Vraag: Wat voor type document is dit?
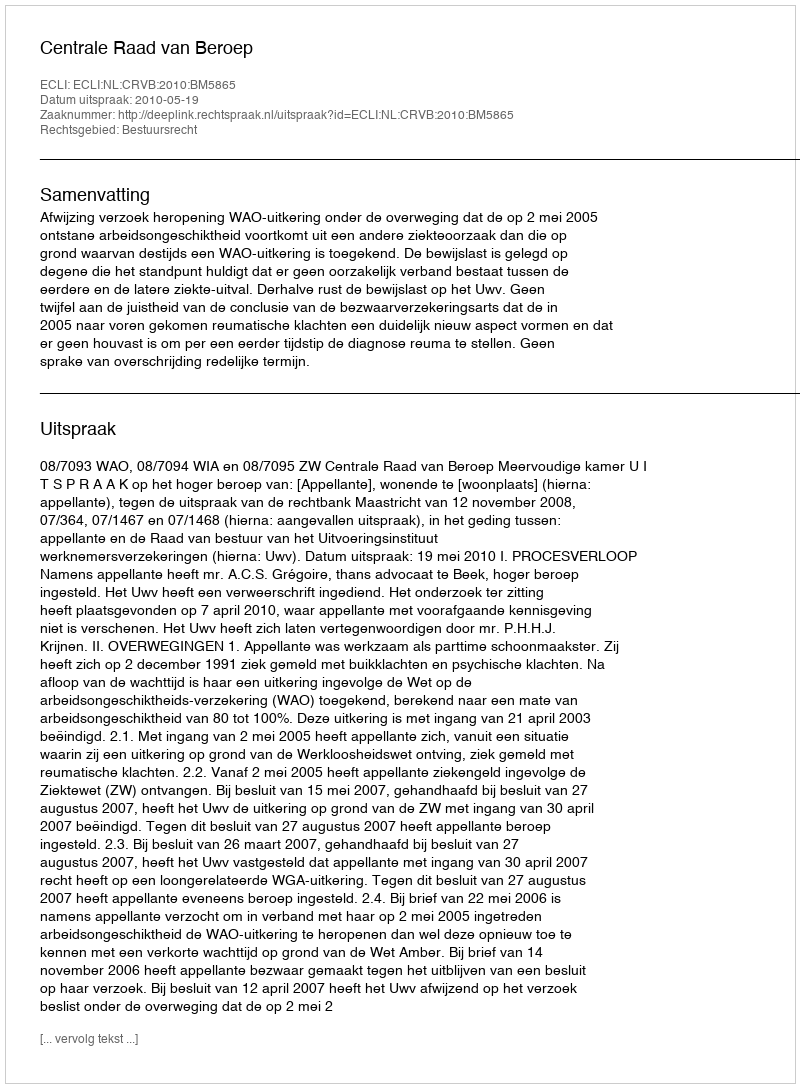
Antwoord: Uitspraak